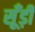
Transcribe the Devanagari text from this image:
सूँड़ी